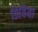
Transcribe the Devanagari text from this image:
डिविया